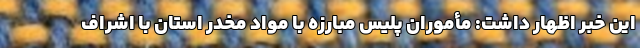
این خبر اظهار داشت: مأموران پلیس مبارزه با مواد مخدر استان با اشراف